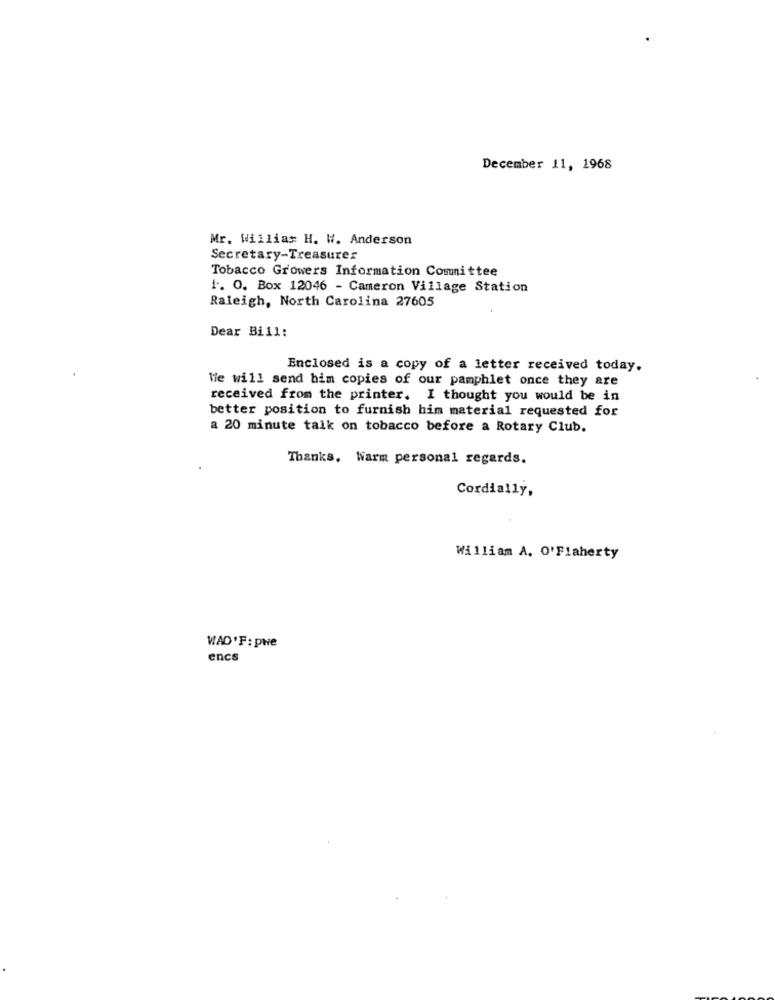
December 11, 1968
Mr. William H. W. Anderson
Secretary-Treasurer
Tobacco Growers Information Committee
1. O. Box 12046 - Cameron Village Station
Raleigh, North Carolina 27605
Dear Bill:
Enclosed is a copy of a letter received today.
We will send bim copies of our pamphlet once they are
received from the printer. I thought you would be in
better position to furnish him material requested for
a 20 minute talk on tobacco before a Rotary Club.
Thanks, Warm personal regards.
Cordially,
William A. O'Flaherty
WAD'F: pwe
encs